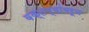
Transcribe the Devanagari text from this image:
वक्तव्यांवरून